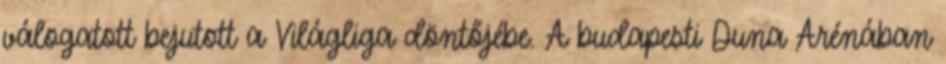
válogatott bejutott a Világliga döntőjébe. A budapesti Duna Arénában